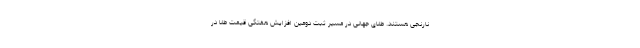
نارنجی هستند. طلای جهانی در مسیر ثبت دومین افزایش هفتگی قیمت طلا در